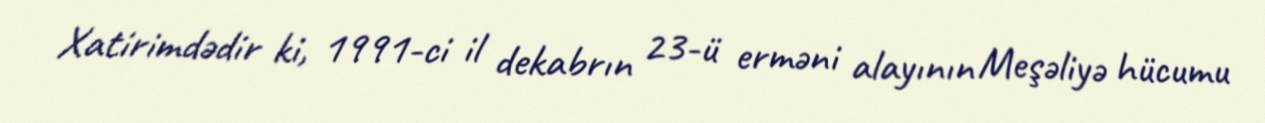
Xatirimdədir ki, 1991-ci il dekabrın 23-ü erməni alayının Meşəliyə hücumu